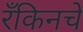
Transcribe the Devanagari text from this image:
रँकिनचे